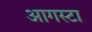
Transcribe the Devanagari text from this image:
आगस्टा